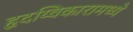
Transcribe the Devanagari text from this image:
हृदय्विकारामध्ये